Medical and sanitary report of the native army of Bengal for the year
Year: 1875
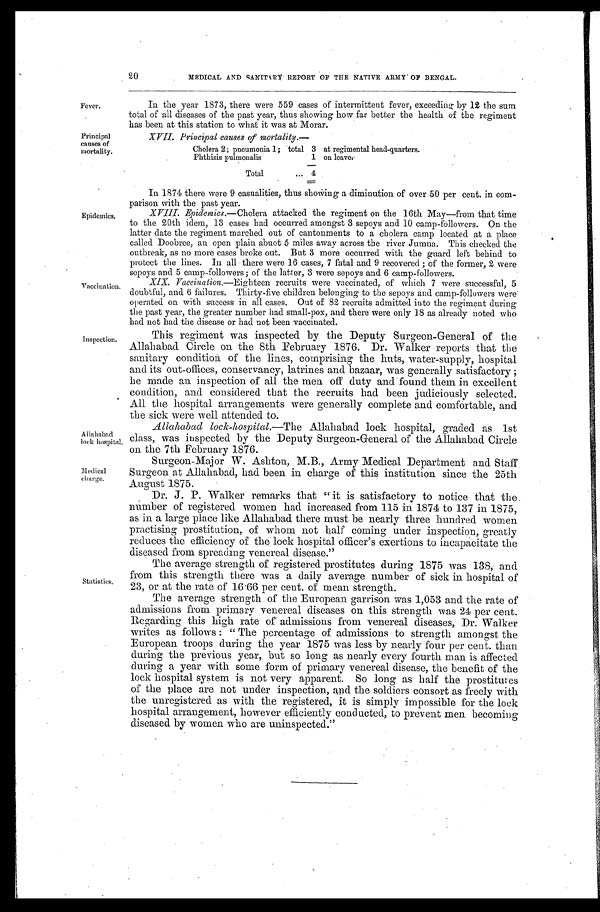
XIX. Vaccination.—Eighteen recruits were vaccinated, of which 7 were successful, 5
doubtful, and 6 failures. Thirty-five children belonging to the sepoys and camp-followers were
operated on with success in all cases. Out of 82 recruits admitted into the regiment during
the past year, the greater number had small-pox, and there were only 18 as already noted who
had not had the disease or had not been vaccinated.
In 1874 there were 9 casualities, thus Showing a diminution of over 50 per cent. in com-
parison with the past year.
XVIII. Epidemics.—Cholera attacked the regiment on the 16th May—from that time
to the 20th idem, 13 cases had occurred amongst 3 sepoys and 10 camp-followers. On the
latter date the regiment marched out of cantonments to a cholera camp located at a place
called Doobree, an open plain about 5 miles away across the river Jumna. This checked the
outbreak, as no more cases broke out. But 3 more occurred with the guard left behind to
protect the lines. In all there were 16 cases, 7 fatal and 9 recovered ; of the former, 2 were
sepoys
and 5 camp-fol l owers ; of the l atter, 3 were sepoys and 6 camp-fol l owers.
Allahabad
lock hospital.
Medical
charge.
Fever.
20
MEDICAL AND SANITARY REPORT OF THE NATIVE ARMY ' OF BENGAL.
In. the year 1873, there were 559 cases of intermittent fever, exceeding by 12 the sum
total of all diseases of the past year, thus showing how far better the health of the regiment
has been at this station to what it was at Morar.
Principal
causes of
mortality.
XVII. Principal causes of mortality.—
Cholera 2; pneumonia 1; total 3 at regimental bead-quarters.
Phthisis pulmonalis
1 on leaves.
T o t a l . . .
4
Epidemics,
Vaccination.
Inspection.
Statistics.
This regiment was inspected by the Deputy Surgeon-General of the
Allahabad Circle on the 8th February 1876. Dr. Walker reports that the
sanitary condition of the lines, comprising the huts, water-supply, hospital
and its out-offices, conservancy, latrines and bazaar, was generally satisfactory ;
he made an inspection of all the men off duty and found them in excellent
condition, and considered that the recruits had been judiciously selected.
All the hospital arrangements were generally complete and comfortable, and
the sick were well attended to.
Allahabad lock-hospital.—The Allahabad lock hospital, graded as 1st
class, was inspected by the Deputy Surgeon-General of the Allahabad Circle
on the 7th February 1876.
Surgeon-Major
W. Ashton, M.B., Army Medical Department and Staff.
Surgeon at Allahabad, had been in charge of this institution since the 25th
August 1875.
Dr. J. P. Walker remarks that "it is satisfactory to notice that the
number of registered women had increased from 115 in 1874 to 137 in 1875,
as in a large place like Allahabad there must be nearly three hundred women
practising prostitution, of whom not half coming under inspection, greatly
reduces the efficiency of the lock hospital officer's exertions to incapacitate the
diseased from spreading venereal disease."
The average strength of registered prostitutes during 1875 was 138, and
from this strength there was a daily average number of sick in hospital of
23, or at the rate of 16.66 per cent. of mean strength.
The average strength. of the European garrison was 1,053 and the rate of
admissions from primary venereal diseases on this strength was 21 per cent.
Regarding this high rate of admissions from venereal diseases, Dr. Walker
writes as follows : "The percentage of admissions to strength amongst the
European troops during the year 1875 was less by nearly four per cent. than
during the previous year, but so long as nearly every fourth man is affected
during a year with some form of primary venereal disease, the benefit of the
lock hospital system is not very apparent. So long as half the prostitutes
of the place are not under inspection, and the soldiers consort as freely with
the unregistered as with the registered, it is simply impossible for the lock
hospital arrangement, however efficiently conducted, to prevent men becoming
diseased by women who are uninspected."